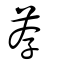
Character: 荐